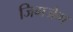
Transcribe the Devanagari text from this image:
जिगजेग